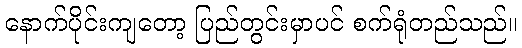
နောက်ပိုင်းကျတော့ ပြည်တွင်းမှာပင် စက်ရုံတည်သည်။